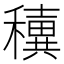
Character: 𥣢